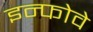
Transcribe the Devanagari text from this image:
इन्फोवे